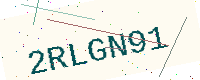
Text: 2RLGN91